65_HS1-834228961_62-HQ-83894_Serial_438
Agency: FBI
Page 3
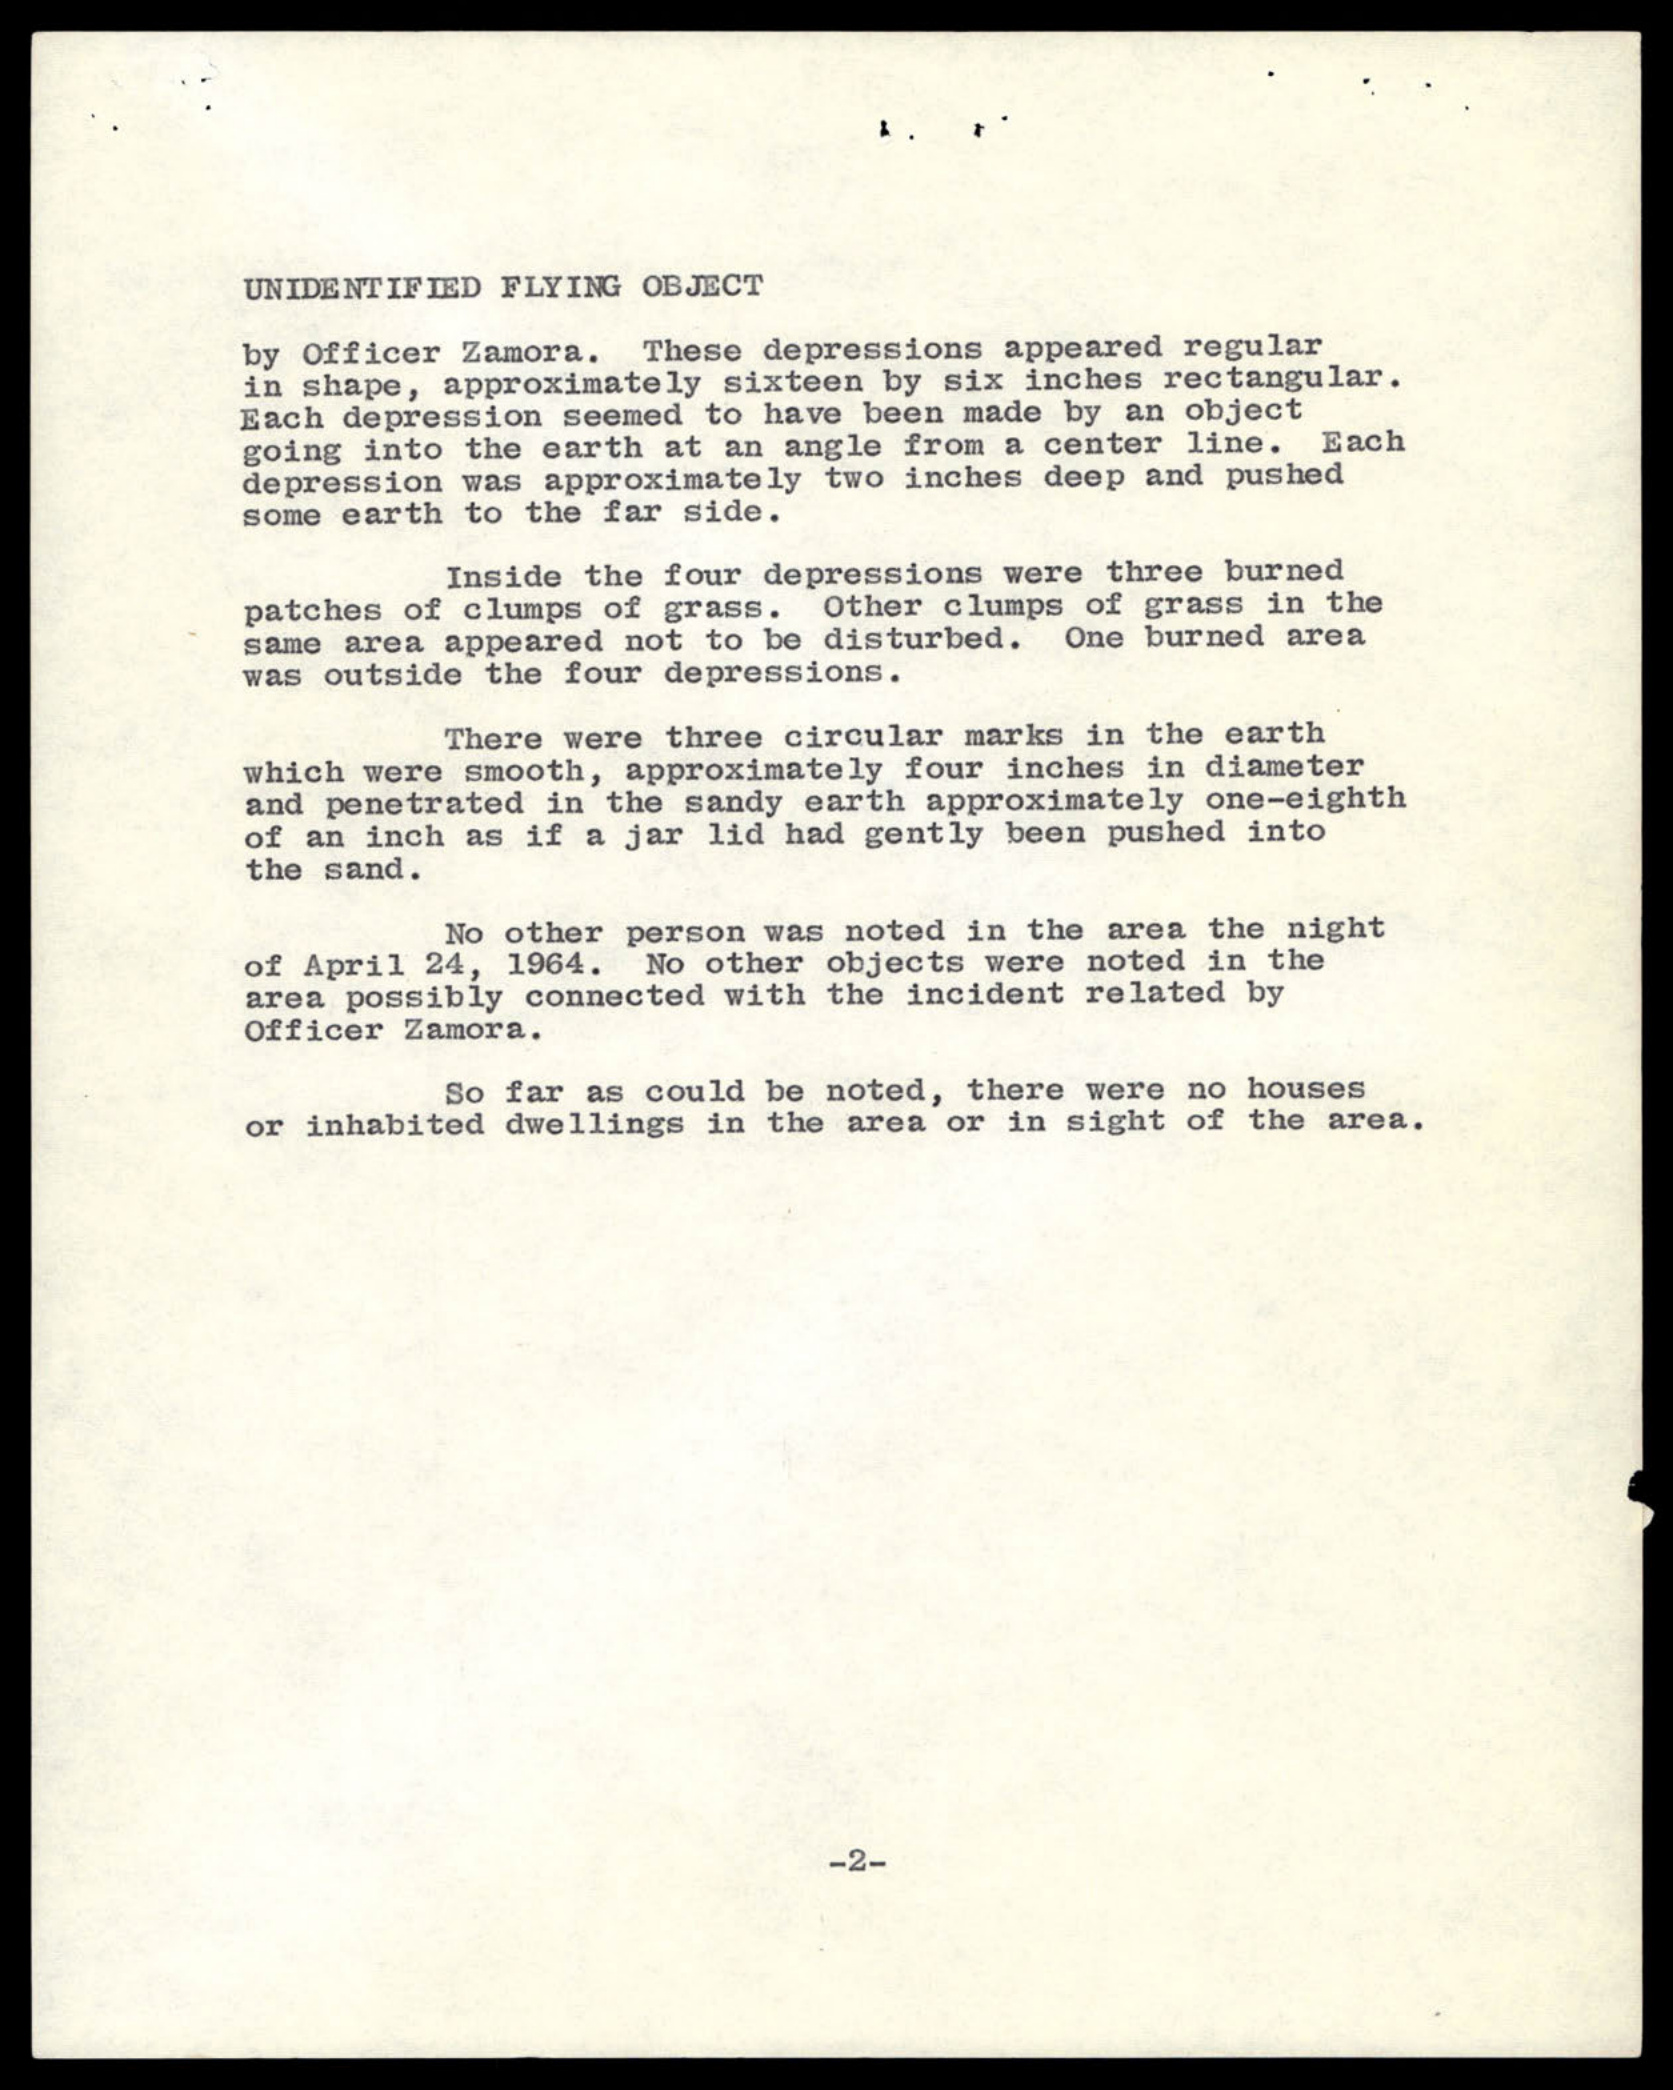